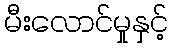
မီးလောင်မှုနှင့်